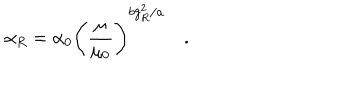
LaTeX: \alpha _ { R } = \alpha _ { 0 } \Biggr ( \frac { \mu } { \mu _ { 0 } } { \Biggr ) } ^ { b g _ { R } ^ { 2 } / a } \quad . \quad